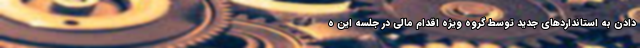
دادن به استانداردهای جدید توسط گروه ویژه اقدام مالی در جلسه این ه